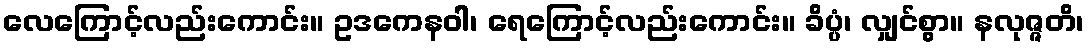
လေကြောင့်လည်းကောင်း။ ဥဒကေနဝါ၊ ရေကြောင့်လည်းကောင်း။ ခိပ္ပံ၊ လျှင်စွာ။ နလုဇ္ဇတိ၊